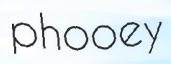
phooey